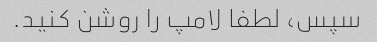
سپس، لطفا لامپ را روشن کنید.